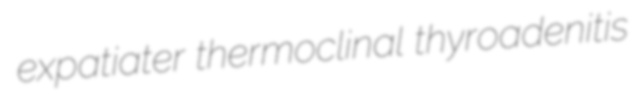
expatiater thermoclinal thyroadenitis